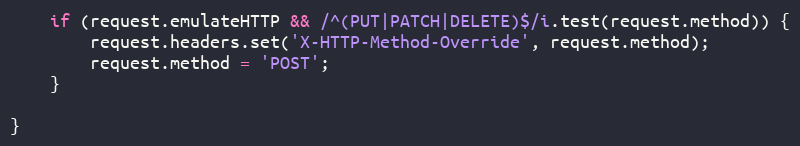
Language: JavaScript
    if (request.emulateHTTP && /^(PUT|PATCH|DELETE)$/i.test(request.method)) {
        request.headers.set('X-HTTP-Method-Override', request.method);
        request.method = 'POST';
    }

}